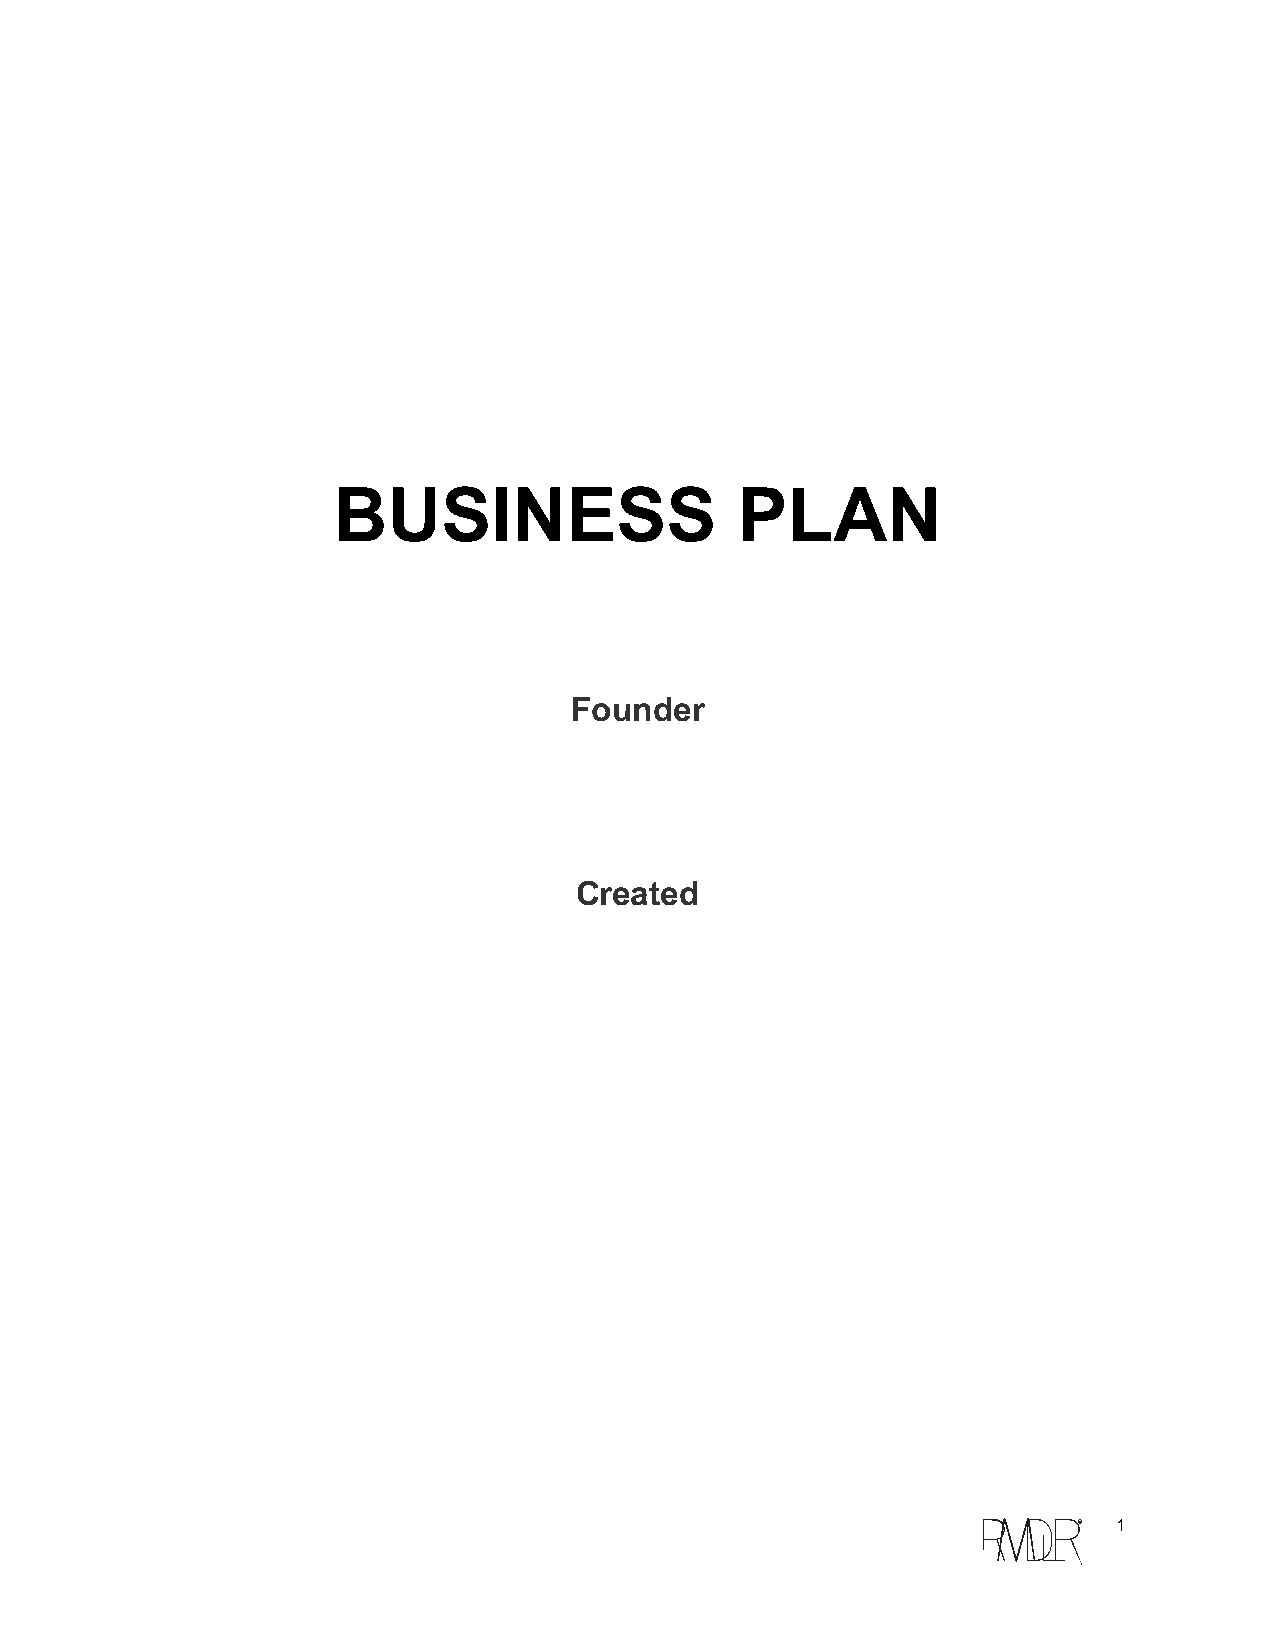
BUSINESS                   PLAN
 Founder
 Created
 c  1